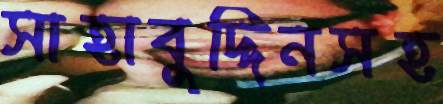
সাহাবুদ্দিনসহ